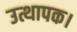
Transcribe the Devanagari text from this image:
उत्थापक।